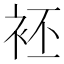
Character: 𲀨